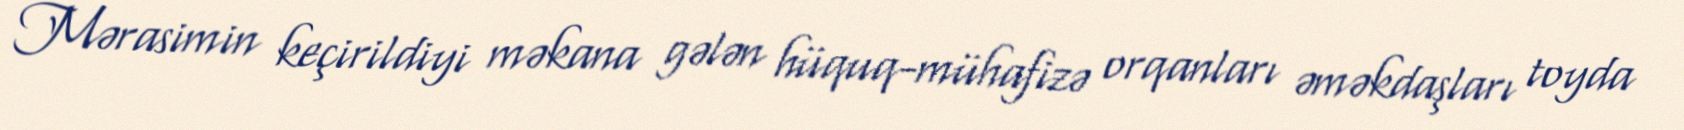
Mərasimin keçirildiyi məkana gələn hüquq-mühafizə orqanları əməkdaşları toyda